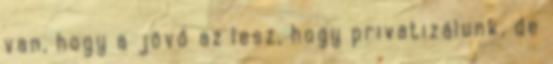
van, hogy a jövő az lesz, hogy privatizálunk, de